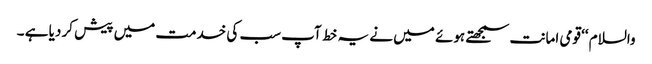
والسلام ‘‘ قومی امانت سمجھتے ہوئے میں نے یہ خط آپ سب کی خدمت میں پیش کر دیا ہے ۔